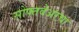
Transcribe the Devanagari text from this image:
सोफ्तवेअरचा